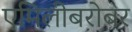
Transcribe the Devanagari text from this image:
एमिलीबरोबर